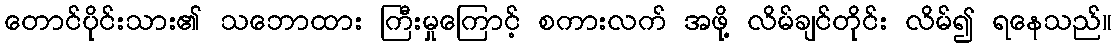
တောင်ပိုင်းသား၏ သဘောထား ကြီးမှုကြောင့် စကားလက် အဖို့ လိမ်ချင်တိုင်း လိမ်၍ ရနေသည်။